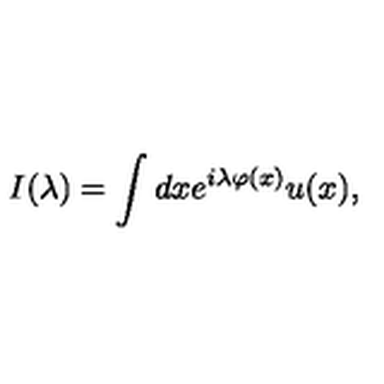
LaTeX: I ( \lambda ) = \int d x e ^ { i \lambda \varphi ( x ) } u ( x ) ,